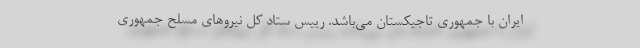
ایران با جمهوری تاجیکستان می‌باشد. رییس ستاد کل نیرو‌های مسلح جمهوری